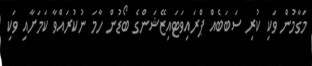
މަގާމުން ވަކި ކުރި ސަބަބެއް ޕްރައިވަޓައިޒޭޝަންގެ ބޯޑުން ހާމަ ނުކުރައްވާ ކަމަށާއި ވަކި